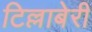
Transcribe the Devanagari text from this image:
टिल्लाबेरी